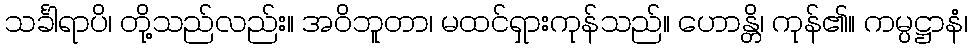
သင်္ခါရာပိ၊ တို့သည်လည်း။ အဝိဘူတာ၊ မထင်ရှားကုန်သည်။ ဟောန္တိ၊ ကုန်၏။ ကမ္ပဋ္ဌာနံ၊